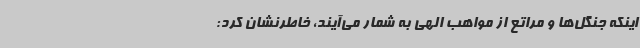
اینکه جنگل‌ها و مراتع از مواهب الهی به شمار می‌آیند، خاطرنشان کرد: